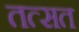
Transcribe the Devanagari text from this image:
तत्सत